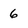
Character: 6